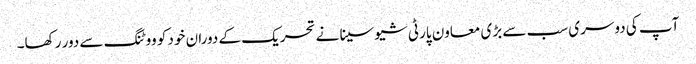
آپ کی دوسری سب سے بڑی معاون پارٹی شیوسینا نے تحریک کے دوران خود کو ووٹنگ سے دور رکھا۔